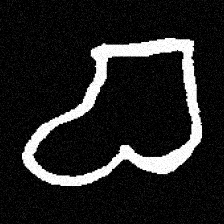
Pyu character \u2014 Myanmar letter: စ (romanized: ca)